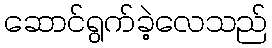
ဆောင်ရွက်ခဲ့လေသည်